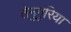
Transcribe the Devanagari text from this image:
तेनुगुरिया